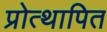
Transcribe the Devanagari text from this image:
प्रोत्थापित